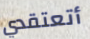
أتعتقدي